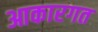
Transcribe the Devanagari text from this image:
आकारगत